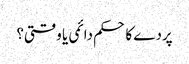
پردے کا حکم دائمی یا وقتی؟